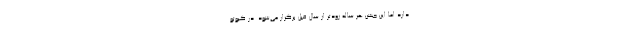
دارد اما این جشن هر ساله زودتر از سال قبل برگزار می‌شود. در کیوتو